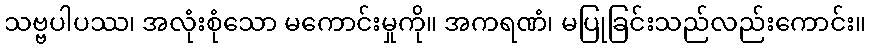
သဗ္ဗပါပဿ၊ အလုံးစုံသော မကောင်းမှုကို။ အကရဏံ၊ မပြုခြင်းသည်လည်းကောင်း။